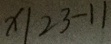
x \vert 2 3 - 1 1